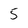
Character: 5